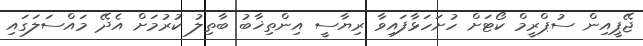
ޖޭޕީއިން ސުޕްރީމް ކޯޓަށް ހުށަހަޅާފައިވާ ރިޔާސީ އިންތިޚާބު ބާތިލު ކުރުމަށް އެދޭ މައްސަލަަގައި